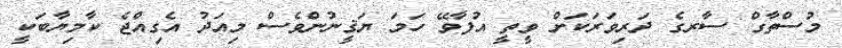
މުސްތާގް ސާރގެ ދަރިވަރަކަށް ވީތީ އުފާވޭ ހަމަ ޔަޤީނުންވެސް މިއަދު އެގިއްޖެ ކާމިޔާބަކީ